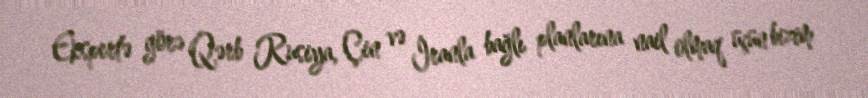
Ekspertə görə Qərb Rusiya, Çin və İranla bağlı planlarına nail olmaq üçün bizim